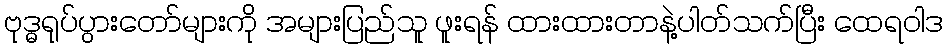
ဗုဒ္ဓရုပ်ပွားတော်များကို အများပြည်သူ ဖူးရန် ထားထားတာနဲ့ပါတ်သက်ပြီး ထေရဝါဒ